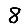
Digit: 8